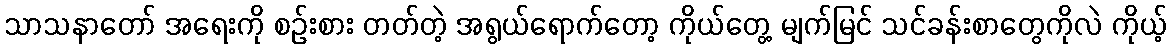
သာသနာတော် အရေးကို စဉ်းစား တတ်တဲ့ အရွယ်ရောက်တော့ ကိုယ်တွေ့ မျက်မြင် သင်ခန်းစာတွေကိုလဲ ကိုယ့်